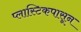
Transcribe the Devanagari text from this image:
प्लास्टिकपासून